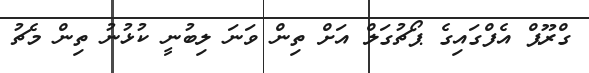
ގްރޫޕް އެފްގައިގެ ޕޯޗުގަލް އަށް ތިން ވަނަ ލިބުނީ ކުޅުނު ތިން މެޗު